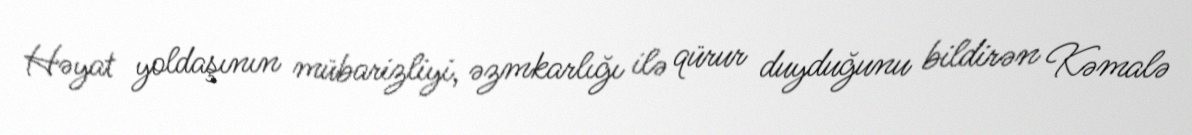
Həyat yoldaşının mübarizliyi, əzmkarlığı ilə qürur duyduğunu bildirən Kəmalə